Civil Veterinary Department Bihar reports 1936-40 - 1936-1940
Year: 1936
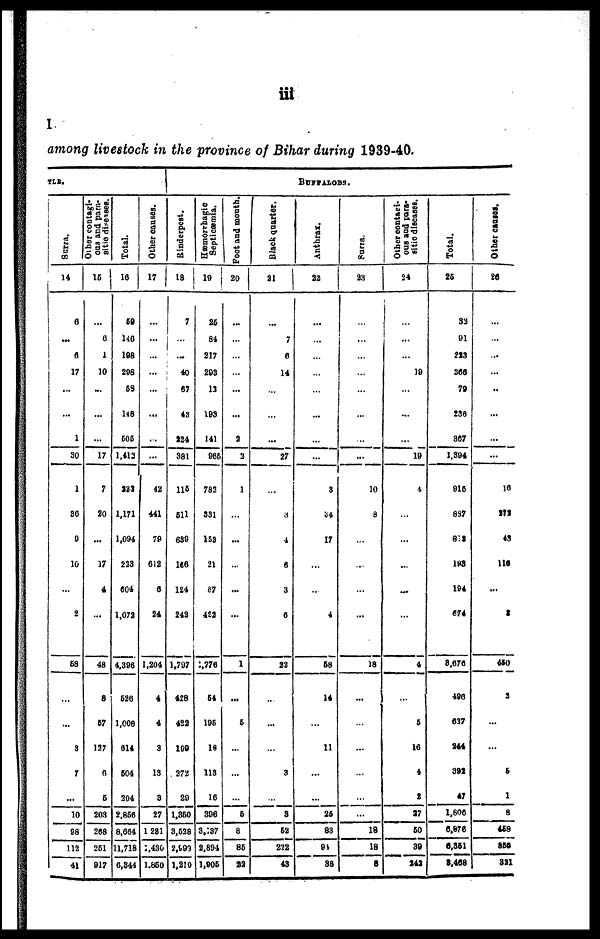
iii
1
among livestock in the province of Bihar during 1939-40.
TLB,
Surra.
14
6
...
6
17
...
...
1
30
1
36
9
10
...
2
58
...
...
3
7
...
10
98
112
41
Other contagi-
ous and para-
sitic diseases.
15
...
6
1
10
...
...
...
17
7
20
...
17
4
...
48
6
57
127
6
5
203
208
251
917
Total.
16
59
146
198
298
58
148
505
1,413
231
1,171
1,094
223
604
1,072
4,396
526
1,008
614
504
304
2,856
8,664
11,718
6,344
Other causes.
17
...
...
...
...
...
...
...
...
42
441
79
612
6
24
1,204
4
4
3
13
3
27
1 281
1,430
1,850
Rinderpest.
18
7
...
...
40
67
43
224
381
115
511
639
166
124
242
1,797
428
422
199
272
29
1,350
3,528
2,999
1,210
Hæmorrhagic
Septicæmia.
19
25
84
217
293
13
193
141
965
782
331
153
21
67
422
:,776
54
195
18
113
16
396
3,137
2,894
1,905
Foot and month.
20
...
...
...
...
...
...
2
2
1
...
...
...
...
...
1
...
5
...
...
...
5
8
85
22
BUFFALOES.
Black quarter.
21
...
7
5
14
...
...
...
27
...
3
4
6
3
6
22
...
...
...
3
...
3
52
222
43
Anthrax.
22
...
...
...
...
...
...
...
...
3
34
17
...
...
4
58
14
...
11
...
...
25
83
91
38
Surra.
23
...
...
...
...
...
...
...
...
10
8
...
...
...
...
18
...
...
...
...
...
...
18
18
8
Other contagi-
ous and para-
sitic diseases.
24
...
...
...
19
...
...
...
19
4
...
...
...
...
...
4
...
5
16
4
2
27
50
39
242
Total.
25
32
91
223
366
79
236
867
1,394
915
887
818
198
194
674
3,676
496
537
244
392
47
1,806
6,876
6,361
3,468
Other causes.
26
...
...
...
...
..
...
...
...
16
172
43
116
...
2
450
2
...
...
5
1
8
458
850
821